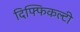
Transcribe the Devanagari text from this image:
दिफ्फिकल्टी